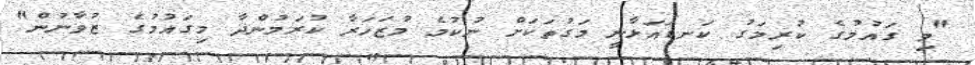
"މި ގައުމުގެ ކުރިމަގު ކަނޑައަޅާނީ މަގުތަކަށް ނުކުމެ މުޒަހަރާ ކުރަމުންދާ މިގައުމުގެ ޒުވާނުން"